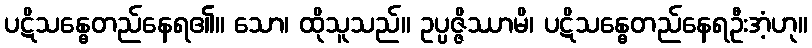
ပဋိသန္ဓေတည်နေရ၏။ သော၊ ထိုသူသည်။ ဥပ္ပဇ္ဇိဿာမိ၊ ပဋိသန္ဓေတည်နေရဦးအံ့ဟု။